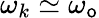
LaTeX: \omega_{k}\simeq\omega_{\mathsf{o}}